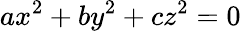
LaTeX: ax^{2}+by^{2}+cz^{2}=0